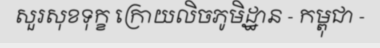
សួរសុខទុក្ខ ក្រោយលិចភូមិដ្ឋាន - កម្ពុជា -